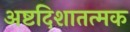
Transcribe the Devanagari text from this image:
अष्टदिशातत्मक